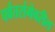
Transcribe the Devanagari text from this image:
पर्वतरांगेवरील